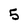
Character: 5